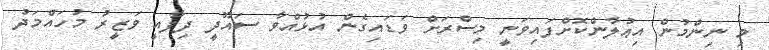
މި ނިންމުން އިޢުލާންކޮށްފައިވަނީ މިސްރަށް ވަޑައިގެން އުޅުއްވާ ސައޫދީ ދިފާއީ ވަޒީރު މުހައްމަދު